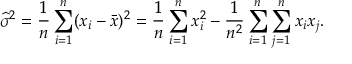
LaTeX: { \widehat { \sigma } } ^ { 2 } = { \frac { 1 } { n } } \sum _ { i = 1 } ^ { n } ( x _ { i } - { \bar { x } } ) ^ { 2 } = { \frac { 1 } { n } } \sum _ { i = 1 } ^ { n } x _ { i } ^ { 2 } - { \frac { 1 } { n ^ { 2 } } } \sum _ { i = 1 } ^ { n } \sum _ { j = 1 } ^ { n } x _ { i } x _ { j } .